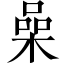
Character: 喿